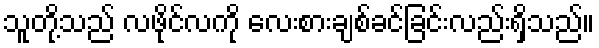
သူတို့သည် လဖိုင်လကို လေးစားချစ်ခင်ခြင်းလည်းရှိသည်။